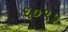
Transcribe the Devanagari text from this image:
६०९३